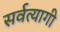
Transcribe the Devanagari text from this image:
सर्वत्यागी